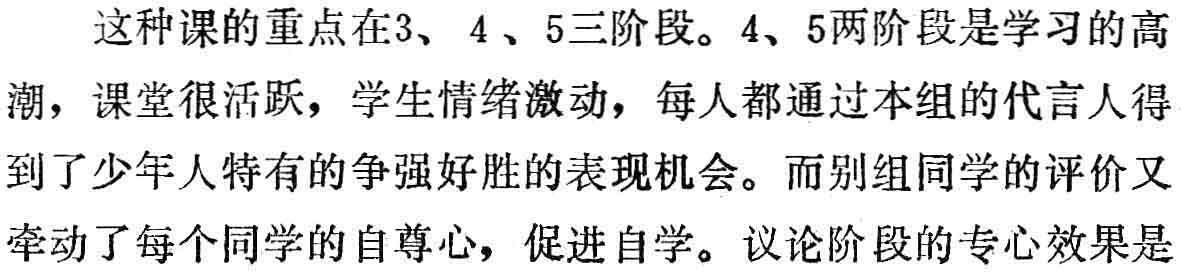
这种课的重点在3、4 、5三阶段。4、5两阶段是学习的高

潮，课堂很活跃，学生情绪激动，每人都通过本组的代言人得

到了少年人特有的争强好胜的表现机会。而别组同学的评价又

牵动了每个同学的自尊心，促进自学。议论阶段的专心效果是